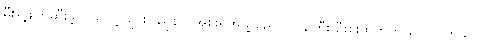
မီးရှို့ဖျက်ဆီးခဲ့တယ်လို့ ချင်းပြည်နယ်အစိုးရအဖွဲ့ စည်ပင်ဝန်ကြီး ဦးစိုးထက်က ပြောပါတယ်။